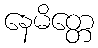
နေမိတ္တေ